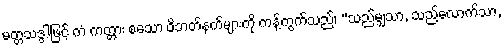
မတ္တသဒ္ဒါဖြင့် ကံ ကတ္တား စသော ဝိဘတ်နက်များကို ကန့်ကွက်သည်၊ “သည်မျှသာ, သည်လောက်သာ,